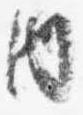
内